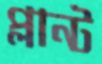
প্লান্ট